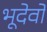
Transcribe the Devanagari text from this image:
भूदेवो